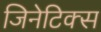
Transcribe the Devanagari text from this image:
जिनेटिक्स